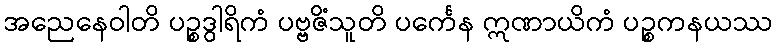
အညေနေဝါတိ ပဉ္စဒွါရိကံ ပဗ္ဗဇိံသူတိ ပင်္ကေန ဣဏာယိကံ ပဉ္စကနယဿ